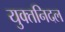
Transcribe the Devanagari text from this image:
युक्तनिदल